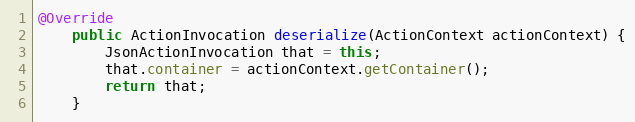
Language: Java
@Override
	public ActionInvocation deserialize(ActionContext actionContext) {
		JsonActionInvocation that = this;
		that.container = actionContext.getContainer();
		return that;
	}